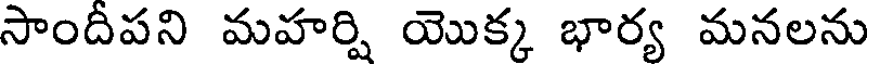
సాందీపని మహర్షి యొక్క భార్య మనలను